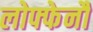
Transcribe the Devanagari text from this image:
लोफ्फेनौ